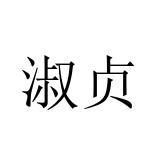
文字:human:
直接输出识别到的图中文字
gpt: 淑贞